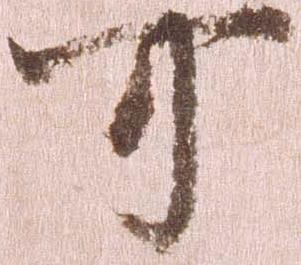
可